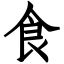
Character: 食